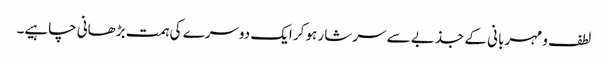
لطف و مہربانی کے جذبے سے سرشار ہو کر ایک دوسرے کی ہمت بڑھانی چاہیے۔